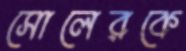
সোলেরকে